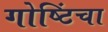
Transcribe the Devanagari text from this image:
गोष्टिंचा